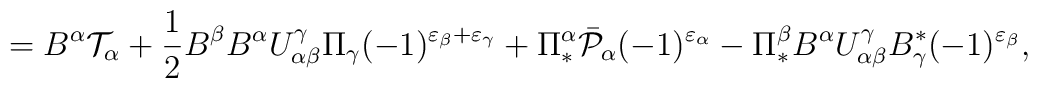
=B^\alpha{\cal T}_\alpha+\frac{1}{2}B^\beta B^\alpha U^\gamma_{\alpha\beta}\Pi_\gamma(-1)^{\varepsilon_\beta+\varepsilon_\gamma}+\Pi^\alpha_*\bar{\cal P}_\alpha(-1)^{\varepsilon_\alpha}-\Pi_*^\beta B^\alpha U^\gamma_{\alpha\beta}B^*_\gamma(-1)^{\varepsilon_\beta},